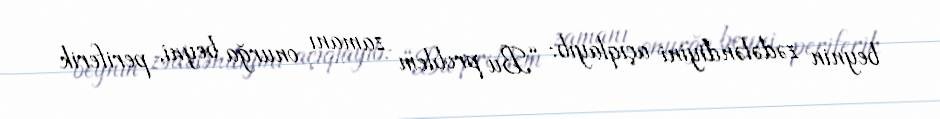
beynin zədələndiyini açıqlayıb: “Bu problem zamanı onurğa beyni, periferik